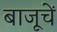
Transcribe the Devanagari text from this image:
बाजूचें